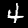
Label: 4